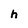
Character: h